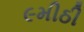
૯મીઠી